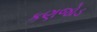
કણજોડ